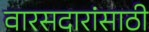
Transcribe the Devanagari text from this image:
वारसदारांसाठी